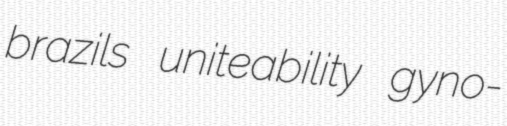
brazils uniteability gyno-